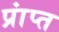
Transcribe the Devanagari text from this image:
प्रांप्त